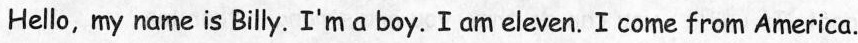
Hello, my name is Billy. I'm a boy. I am eleven. I come from America.